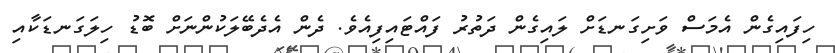
ހިފައިގެން އެމަސް ވަށިގަނޑަށް ލައިގެން ދަތުރު ފައްޓައިފިއެވެ. ދެން އެދެބޭލަކުންނަށް ބޮޑު ހިލަގަނޑަކާއި